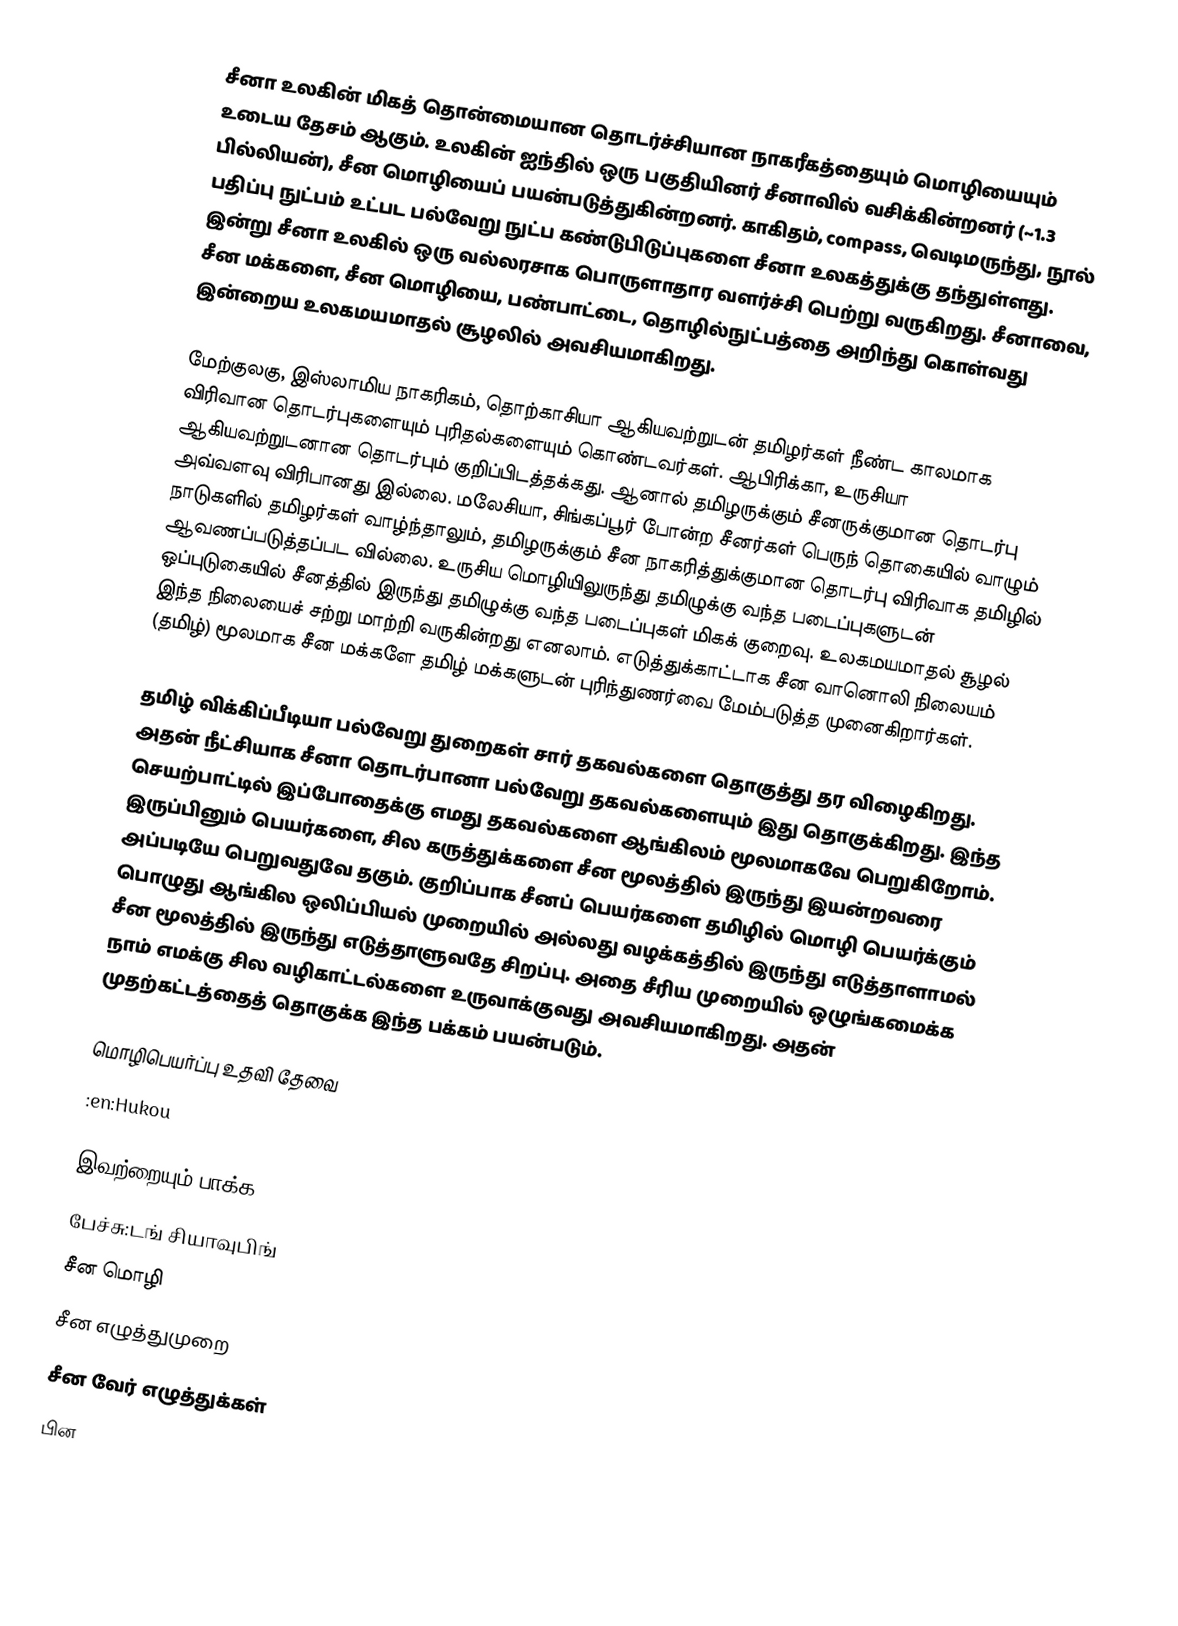
சீனா உலகின் மிகத் தொன்மையான தொடர்ச்சியான நாகரீகத்தையும் மொழியையும் உடைய தேசம் ஆகும்.  உலகின் ஐந்தில் ஒரு பகுதியினர் சீனாவில் வசிக்கின்றனர் (~1.3 பில்லியன்), சீன மொழியைப் பயன்படுத்துகின்றனர்.  காகிதம், compass, வெடிமருந்து, நூல் பதிப்பு நுட்பம் உட்பட பல்வேறு நுட்ப கண்டுபிடுப்புகளை சீனா உலகத்துக்கு தந்துள்ளது.  இன்று சீனா உலகில் ஒரு வல்லரசாக பொருளாதார வளர்ச்சி பெற்று வருகிறது.  சீனாவை, சீன மக்களை, சீன மொழியை, பண்பாட்டை, தொழில்நுட்பத்தை அறிந்து கொள்வது இன்றைய உலகமயமாதல் சூழலில் அவசியமாகிறது.

மேற்குலகு, இஸ்லாமிய நாகரிகம், தொற்காசியா ஆகியவற்றுடன் தமிழர்கள் நீண்ட காலமாக விரிவான தொடர்புகளையும் புரிதல்களையும் கொண்டவர்கள்.  ஆபிரிக்கா, உருசியா ஆகியவற்றுடனான தொடர்பும் குறிப்பிடத்தக்கது.  ஆனால் தமிழருக்கும் சீனருக்குமான தொடர்பு அவ்வளவு விரிபானது இல்லை.  மலேசியா, சிங்கப்பூர் போன்ற சீனர்கள் பெருந் தொகையில் வாழும் நாடுகளில் தமிழர்கள் வாழ்ந்தாலும், தமிழருக்கும் சீன நாகரித்துக்குமான தொடர்பு விரிவாக தமிழில் ஆவணப்படுத்தப்பட வில்லை.  உருசிய மொழியிலுருந்து தமிழுக்கு வந்த படைப்புகளுடன் ஒப்புடுகையில் சீனத்தில் இருந்து தமிழுக்கு வந்த படைப்புகள் மிகக் குறைவு.  உலகமயமாதல் சூழல் இந்த நிலையைச் சற்று மாற்றி வருகின்றது எனலாம்.  எடுத்துக்காட்டாக சீன வானொலி நிலையம் (தமிழ்) மூலமாக சீன மக்களே தமிழ் மக்களுடன் புரிந்துணர்வை மேம்படுத்த முனைகிறார்கள்.

தமிழ் விக்கிப்பீடியா பல்வேறு துறைகள் சார் தகவல்களை தொகுத்து தர விழைகிறது.  அதன் நீட்சியாக சீனா தொடர்பானா பல்வேறு தகவல்களையும் இது தொகுக்கிறது.  இந்த செயற்பாட்டில் இப்போதைக்கு எமது தகவல்களை ஆங்கிலம் மூலமாகவே பெறுகிறோம்.  இருப்பினும் பெயர்களை, சில கருத்துக்களை சீன மூலத்தில் இருந்து இயன்றவரை அப்படியே பெறுவதுவே தகும்.  குறிப்பாக சீனப் பெயர்களை தமிழில் மொழி பெயர்க்கும் பொழுது ஆங்கில ஒலிப்பியல் முறையில் அல்லது வழக்கத்தில் இருந்து எடுத்தாளாமல் சீன மூலத்தில் இருந்து எடுத்தாளுவதே சிறப்பு.  அதை சீரிய முறையில் ஒழுங்கமைக்க நாம் எமக்கு சில வழிகாட்டல்களை உருவாக்குவது அவசியமாகிறது.  அதன் முதற்கட்டத்தைத் தொகுக்க இந்த பக்கம் பயன்படும்.

மொழிபெயர்ப்பு உதவி தேவை
 :en:Hukou

இவற்றையும் பாக்க
 பேச்சு:டங் சியாவுபிங்
 சீன மொழி
 சீன எழுத்துமுறை
 சீன வேர் எழுத்துக்கள்
 பின